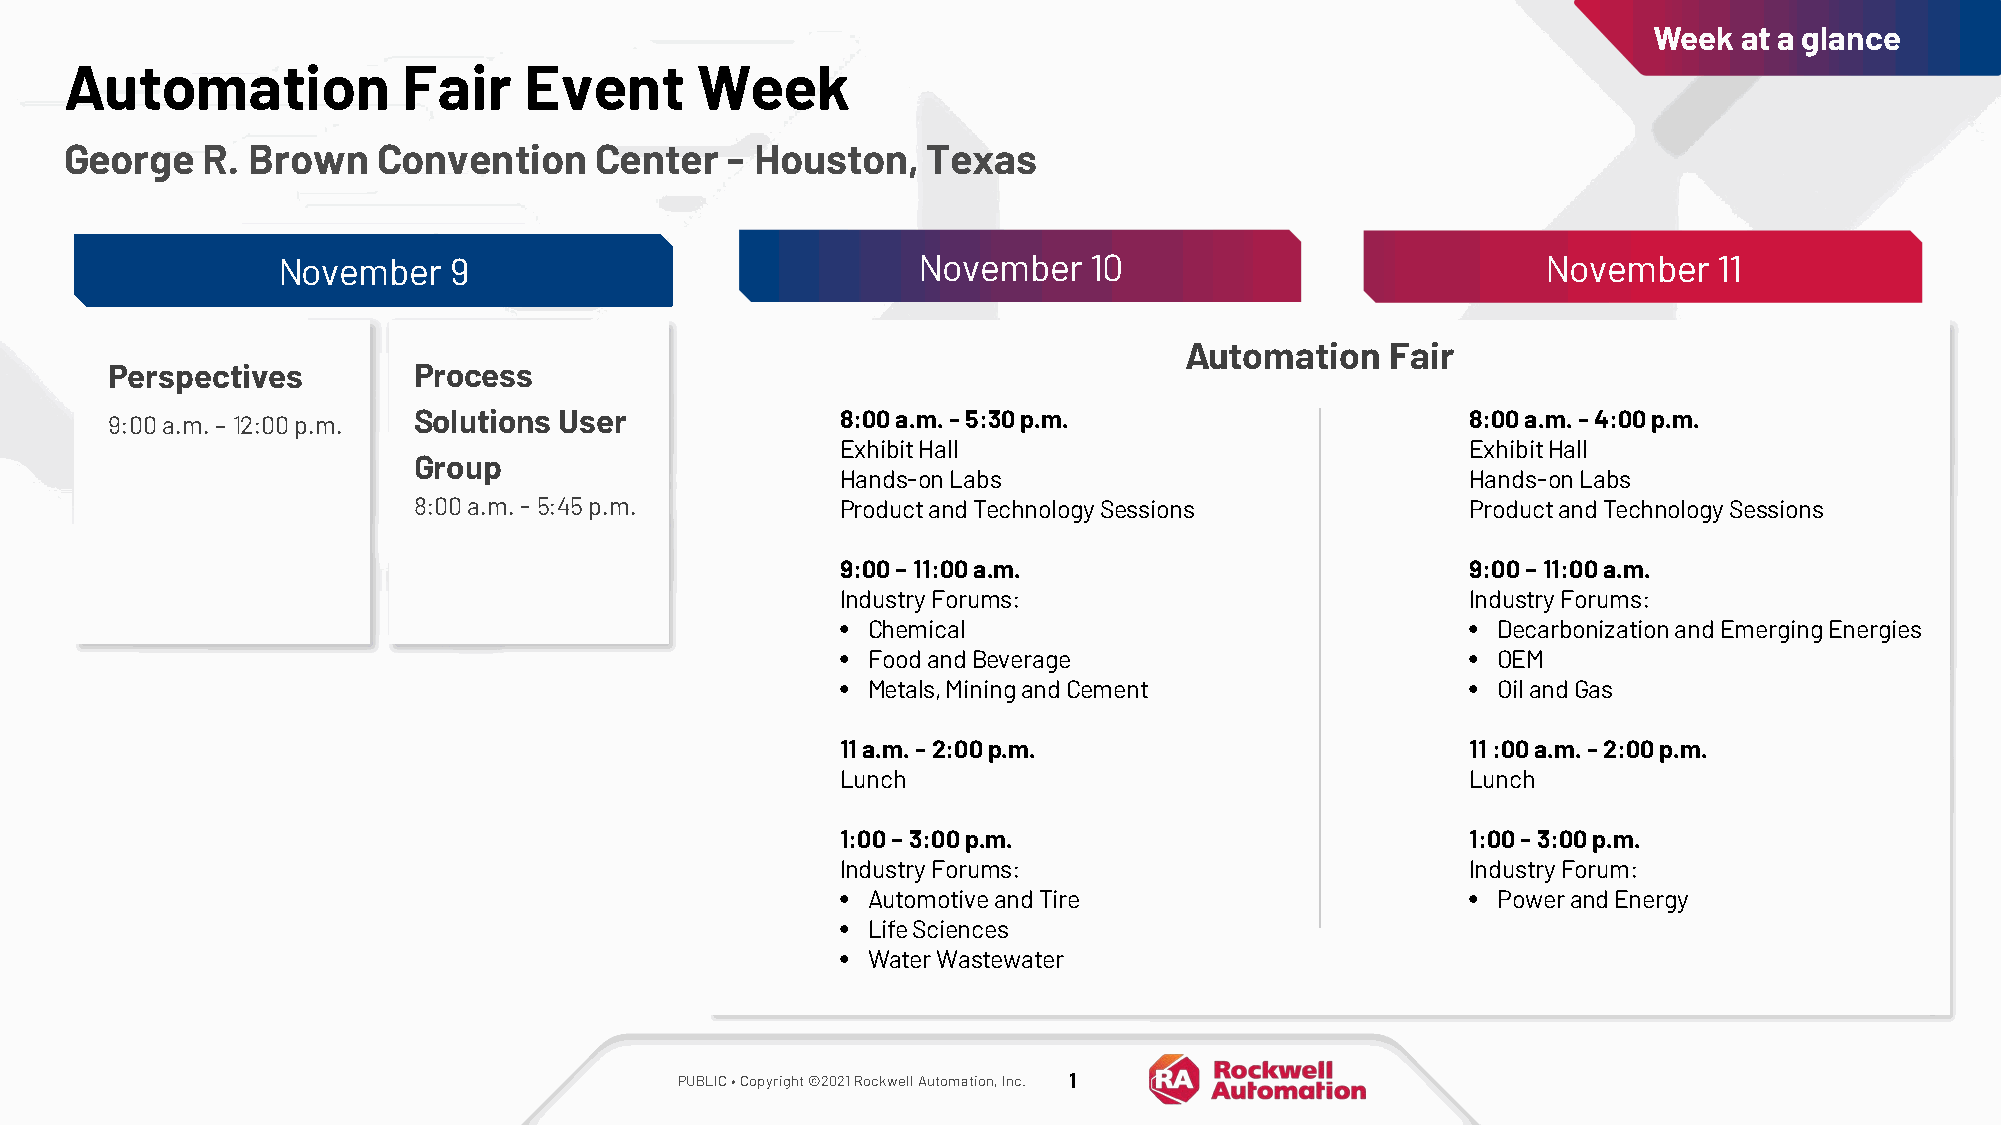
Week  at a glance
 Automation             Fair    Event      Week
 George   R. Brown    Convention    Center   - Houston,   Texas
 Nov.  11
 November    9                   Nov.  10   November   10                            November    11
 Automation    Fair
 Perspectives        Process
 9:00 a.m. – 12:00 p.m. Solutions User            8:00 a.m. - 5:30 p.m.                    8:00 a.m. - 4:00 p.m.
 Exhibit Hall                             Exhibit Hall
 Group
 Hands-on Labs                            Hands-on Labs
 8:00 a.m. - 5:45 p.m.        Product and Technology Sessions          Product and Technology Sessions
 9:00 – 11:00 a.m.                        9:00 – 11:00 a.m.
 Industry Forums:                         Industry Forums:
 • Chemical                               • Decarbonization and Emerging Energies
 • Food and Beverage                      • OEM
 • Metals, Mining and Cement              • Oil and Gas
 11 a.m. - 2:00 p.m.                      11 :00 a.m. -2:00 p.m.
 Lunch                                    Lunch
 1:00 – 3:00 p.m.                         1:00 - 3:00 p.m.
 Industry Forums:                         Industry Forum:
 • Automotive and Tire                    • Power and Energy
 • Life Sciences
 • Water Wastewater
 PUBLIC • Copyright ©2021 Rockwell Automation, Inc. 1